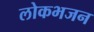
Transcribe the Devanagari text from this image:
लोकभजन